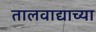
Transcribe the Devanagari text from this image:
तालवाद्याच्या